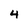
Character: 4